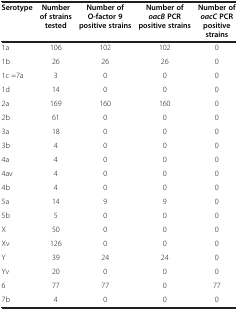
<table><thead><tr><td><b>Serotype</b></td><td><b>Number of strains tested</b></td><td><b>Number of O-factor 9 positive strains</b></td><td><b>Number of<i>oacB</i>PCR positive strains</b></td><td><b>Number of<i>oacC</i>PCR positive strains</b></td></tr></thead><tbody><tr><td>1a</td><td>106</td><td>102</td><td>102</td><td>0</td></tr><tr><td>1b</td><td>26</td><td>26</td><td>26</td><td>0</td></tr><tr><td>1c =7a</td><td>3</td><td>0</td><td>0</td><td>0</td></tr><tr><td>1d</td><td>14</td><td>0</td><td>0</td><td>0</td></tr><tr><td>2a</td><td>169</td><td>160</td><td>160</td><td>0</td></tr><tr><td>2b</td><td>61</td><td>0</td><td>0</td><td>0</td></tr><tr><td>3a</td><td>18</td><td>0</td><td>0</td><td>0</td></tr><tr><td>3b</td><td>4</td><td>0</td><td>0</td><td>0</td></tr><tr><td>4a</td><td>4</td><td>0</td><td>0</td><td>0</td></tr><tr><td>4av</td><td>4</td><td>0</td><td>0</td><td>0</td></tr><tr><td>4b</td><td>4</td><td>0</td><td>0</td><td>0</td></tr><tr><td>5a</td><td>14</td><td>9</td><td>9</td><td>0</td></tr><tr><td>5b</td><td>5</td><td>0</td><td>0</td><td>0</td></tr><tr><td>X</td><td>50</td><td>0</td><td>0</td><td>0</td></tr><tr><td>Xv</td><td>126</td><td>0</td><td>0</td><td>0</td></tr><tr><td>Y</td><td>39</td><td>24</td><td>24</td><td>0</td></tr><tr><td>Yv</td><td>20</td><td>0</td><td>0</td><td>0</td></tr><tr><td>6</td><td>77</td><td>77</td><td>0</td><td>77</td></tr><tr><td>7b</td><td>4</td><td>0</td><td>0</td><td>0</td></tr></tbody></table>